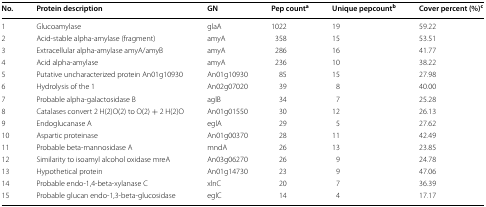
<table><thead><tr><td><b>No.</b></td><td><b>Protein description</b></td><td><b>GN</b></td><td><b>Pep count<sup>a</sup></b></td><td><b>Unique pepcount<sup>b</sup></b></td><td><b>Cover percent (%)<sup>c</sup></b></td></tr></thead><tbody><tr><td>1</td><td>Glucoamylase</td><td>glaA</td><td>1022</td><td>19</td><td>59.22</td></tr><tr><td>2</td><td>Acid-stable alpha-amylase (fragment)</td><td>amyA</td><td>358</td><td>15</td><td>53.51</td></tr><tr><td>3</td><td>Extracellular alpha-amylase amyA/amyB</td><td>amyA</td><td>286</td><td>16</td><td>41.77</td></tr><tr><td>4</td><td>Acid alpha-amylase</td><td>amyA</td><td>236</td><td>10</td><td>38.22</td></tr><tr><td>5</td><td>Putative uncharacterized protein An01g10930</td><td>An01g10930</td><td>85</td><td>15</td><td>27.98</td></tr><tr><td>6</td><td>Hydrolysis of the 1</td><td>An02g07020</td><td>39</td><td>8</td><td>40.00</td></tr><tr><td>7</td><td>Probable alpha-galactosidase B</td><td>aglB</td><td>34</td><td>7</td><td>25.28</td></tr><tr><td>8</td><td>Catalases convert 2 H(2)O(2) to O(2) + 2 H(2)O</td><td>An01g01550</td><td>30</td><td>12</td><td>26.13</td></tr><tr><td>9</td><td>Endoglucanase A</td><td>eglA</td><td>29</td><td>5</td><td>27.62</td></tr><tr><td>10</td><td>Aspartic proteinase</td><td>An01g00370</td><td>28</td><td>11</td><td>42.49</td></tr><tr><td>11</td><td>Probable beta-mannosidase A</td><td>mndA</td><td>26</td><td>13</td><td>23.85</td></tr><tr><td>12</td><td>Similarity to isoamyl alcohol oxidase mreA</td><td>An03g06270</td><td>26</td><td>9</td><td>24.78</td></tr><tr><td>13</td><td>Hypothetical protein</td><td>An01g14730</td><td>23</td><td>9</td><td>47.06</td></tr><tr><td>14</td><td>Probable endo-1,4-beta-xylanase C</td><td>xlnC</td><td>20</td><td>7</td><td>36.39</td></tr><tr><td>15</td><td>Probable glucan endo-1,3-beta-glucosidase</td><td>eglC</td><td>14</td><td>4</td><td>17.17</td></tr></tbody></table>